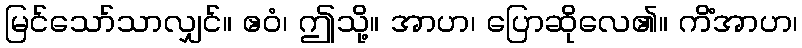
မြင်သော်သာလျှင်။ ဧဝံ၊ ဤသို့။ အာဟ၊ ပြောဆိုလေ၏။ ကိံအာဟ၊